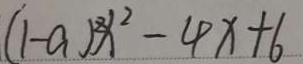
( 1 - a ) ^ { 2 } x ^ { 2 } - 4 x + 6